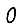
Digit: 0